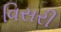
વિસરી